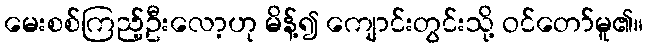
မေးစစ်ကြည့်ဦးလော့ဟု မိန့်၍ ကျောင်းတွင်းသို့ ဝင်တော်မူ၏။